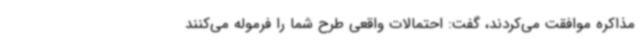
مذاکره موافقت می‌کردند، گفت: احتمالات واقعی طرح شما را فرموله می‌کنند